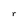
Character: r